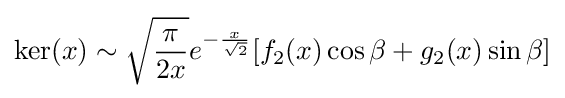
\mathrm {ker} (x)\sim {\sqrt {\frac {\pi }{2x}}}e^{-{\frac {x}{\sqrt {2}}}}[f_{2}(x)\cos \beta +g_{2}(x)\sin \beta ]